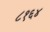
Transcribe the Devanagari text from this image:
८१६४